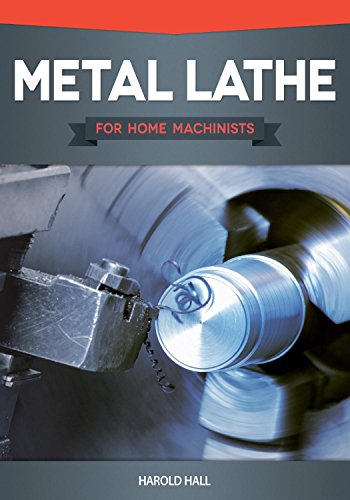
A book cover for Metal Lathe for Home Machinists; Harold Hall; Crafts, Hobbies & Home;